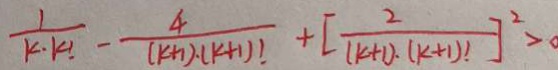
\frac { 1 } { k \cdot k ! } - \frac { 4 } { ( k + 1 ) \cdot ( k + 1 ) ! } + [ \frac { 2 } { ( k + 1 ) \cdot ( k + 1 ) ! } ] ^ { 2 } >